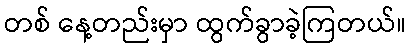
တစ် နေ့တည်းမှာ ထွက်ခွာခဲ့ကြတယ်။